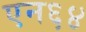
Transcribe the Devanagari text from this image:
एन६४